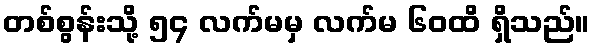
တစ်စွန်းသို့ ၅၄ လက်မမှ လက်မ ၆၀ထိ ရှိသည်။